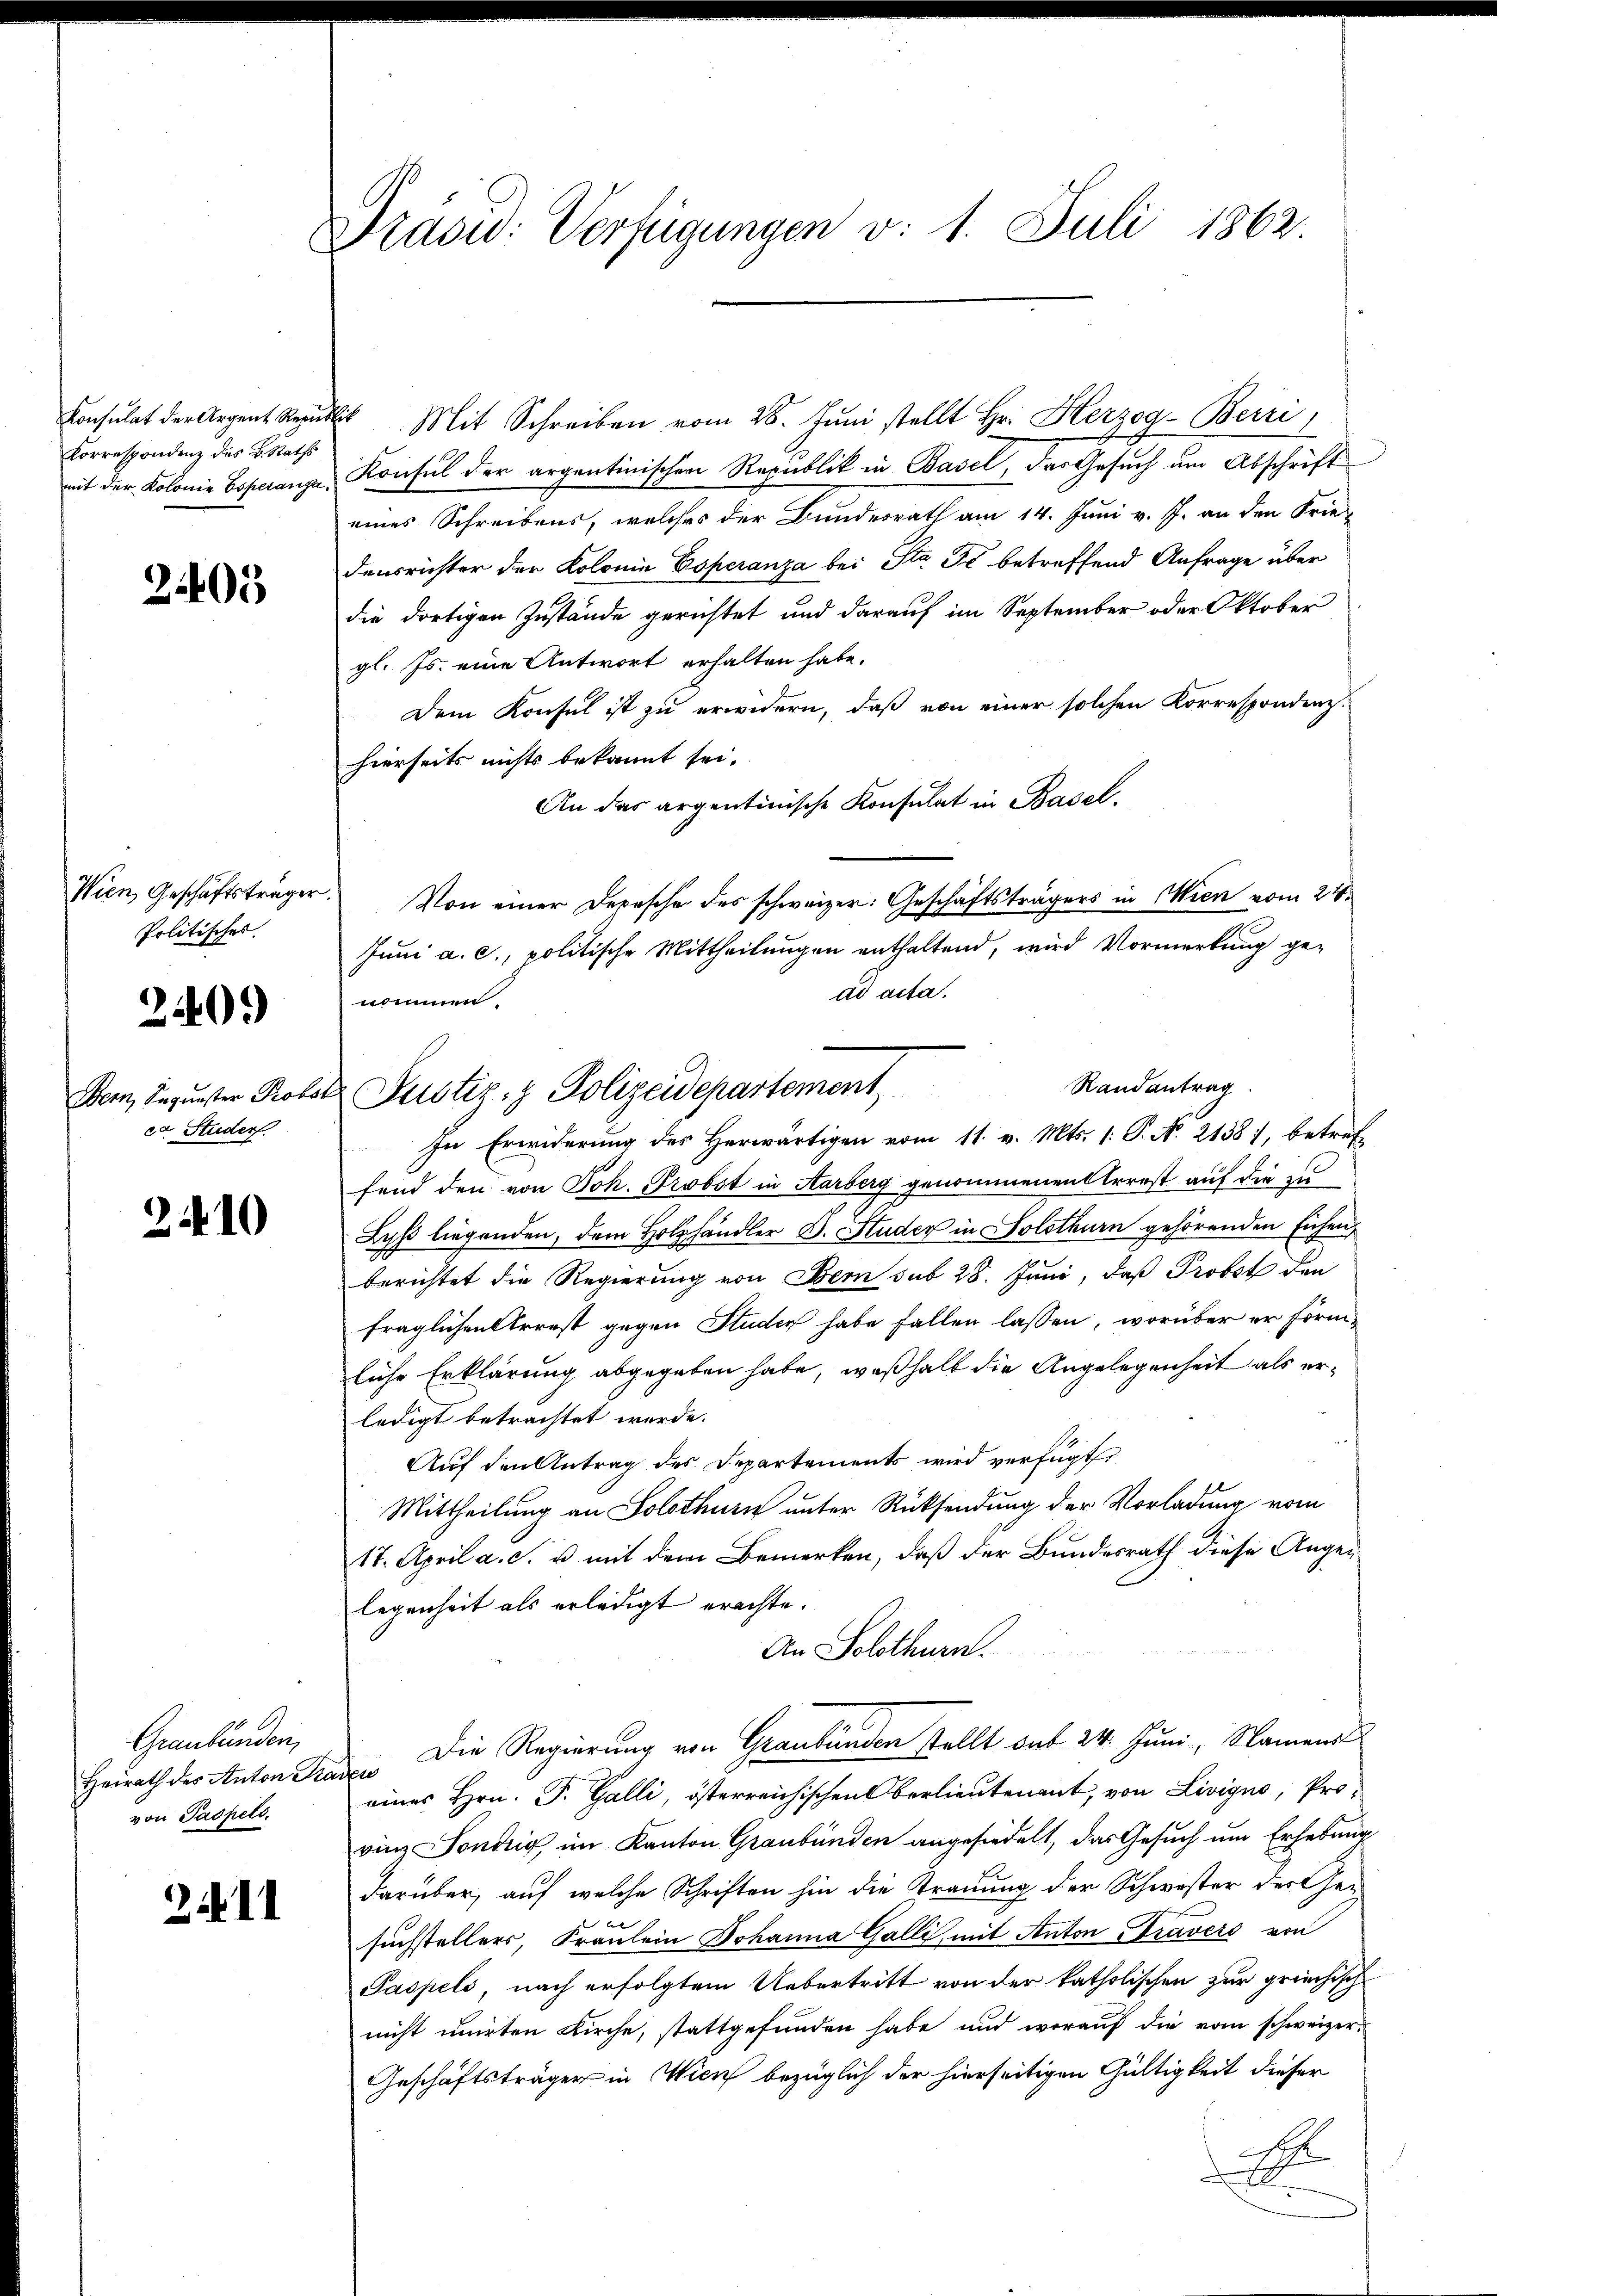
Konsulat der Argent Republik
Correspondenz des B. Raths

2405

Politisches.

240.

er. Studer

2410

Graubünden
Heirath des Anton Traven
von Paspels.

2.II

Präsid. Verfügungen v. 1. Juli 1862.

Mit Schreiben vom 28. Jŭni stellt Hr. Herzog-Beiri
mit der Kolonie Boscanze Konsul der argentinischen Republik in Basel, das Gesŭch ŭm Abschrift
eines Schreibens, welches der Bundesrath am 14. Juni v. J. an den Frie-
densrichter der Kolonia Esperanza bei St. Je betreffend Anfrage über
die dortigen Zustände gerichtet und darauf im September oder Oktober
gl. Js. eine Antwort erhalten habe.
Dem Konsul ist zu erwidern, daß von einer solchen Korrespondenz.
hierseits nichts bekannt sei.
An das argentinische Konsulat in Basel.
Wien, Geschäftsträger. Von einer Depesche des schweizer: Geschäftsträgers in Wien vom 24.
Juni a. c., politische Mittheilungen enthaltend, wird Vormerkung ge-
ad acta.
nommen.
Randantrag
In Erwiderung des Herwärtigen vom 11. v. Mts. 1: P. N. 21381, betref
fend den von Joh. Probst in Aarberg genommenen Arrest auf die zu
Lyß liegenden, dem Holzhändler J. Studer in Solothurn gehörenden Eichen,
berichtet die Regierung von Bern sub 28. Juni, daß Probst den
fraglichen Arrest gegen Studen habe fallen lassen, worüber er förmliche Erklärung abgegeben habe, was halt die Angelegenheit als erledigt betrachtet werde.
Auf den Antrag des Departements wird verfügt
Mittheilung an Solothurn unter Rücksendung der Vorladung vom
17. April a. c. u. mit dem Bemerken, daß der Bundesrath diese Angelegenheit als erledigt erachte.
An Solothurn.
Die Regierung von Graubünden stellt sub 24. Juni, Namens
eines Hrn. P. Galli, österreichischen Berlieutenant, von Livigno, Provinz Sondrig im Kanton Graubünden angesiedelt, das Gesuch um Erhebung
darüber, auf welche Schriften hin die Trauung der Schwester der Gesuchstellers, Fräulein Johanna Galli, mit Anton Gravers von
Paspeli, nach erfolgtem Uebertritt von der katholischen zur griechisch
nicht unirten Kirche, stattgefunden habe und worauf die vom schweizer-
Geschäftsträger in Wien bezüglich der hierseitigen Gültigkeit dieser
A

Dem Sequester Probst Justiz- & Polizeidepartement